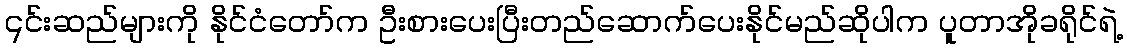
၎င်းဆည်များကို နိုင်ငံတော်က ဦးစားပေးပြီးတည်ဆောက်ပေးနိုင်မည်ဆိုပါက ပူတာအိုခရိုင်ရဲ့